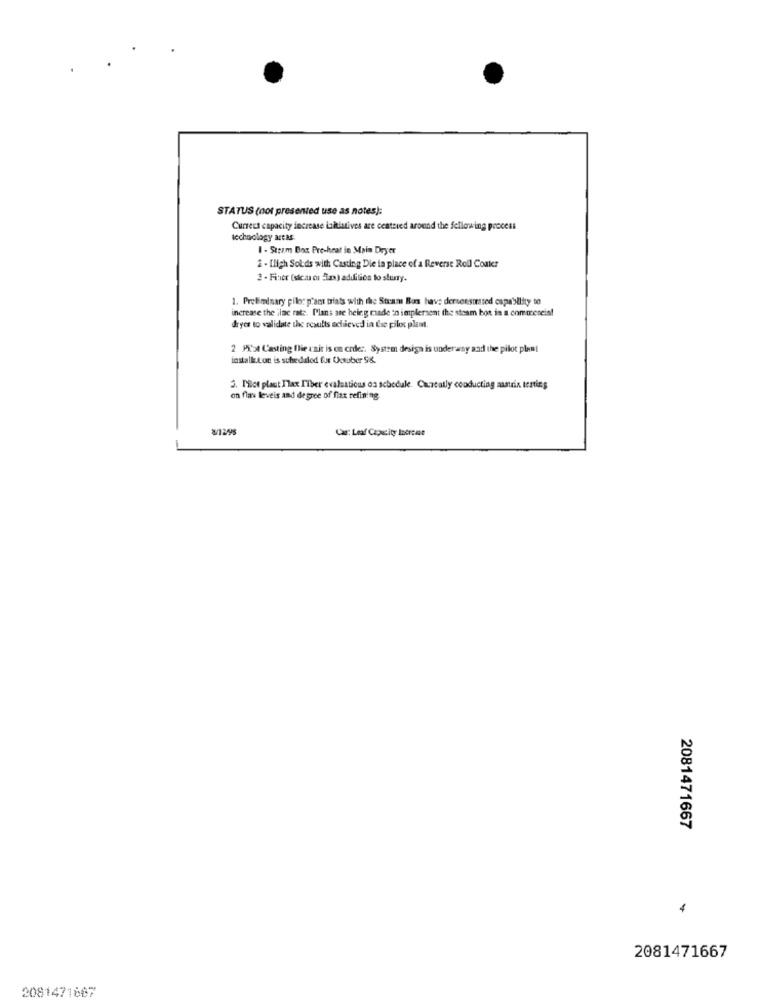
STATUS (not presented use as notes):
Currect capacity decrease initiatives are centered around the following process
technology artaE
1 - Stezm Box Pre-heat in Main Dryer
2 - [ligh Solds with Casting Die in place of a Reverse Roll Conker
2 - Fince (sic.au ci Sax) addition to stuny.
1. Preliminary pilot p'ant triats with the Stram Box have dersensmessed capability to
increase the ilac rate, Plans are being made in implement the steam bon in a commesein!
dryes to validate the results achieved in tre pilot plant
2 Pilot Casting flie unit is on crder. System design is underway and the pilot plent
installuton is scheduled fur Octuber 98.
3. Pilot plast Tlax Fiber evalsatious os schedule. Caneatly conducting auntsix tenties
on flas leveis and degree of flax refining
Car: Leaf Capacity Increase
2081471667
4
2081471667
2081471667